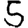
Digit: 5